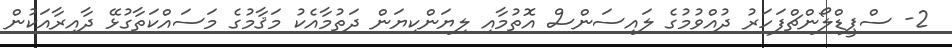
2- ސްޕީޑްލޯންޗްފަހަރު ދުއްވުމުގެ ލައިސަންސް އޮތުމާއި ލިޔަންކިޔަން ދަތުމާއެކު މަޤާމުގެ މަސައްކަތާގުޅޭ ދާއިރާއަކުން